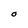
Character: O